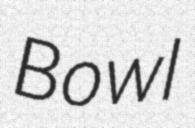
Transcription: Bowl